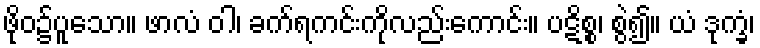
ဖိုဝ၌ပူသော။ ဖာလံ ဝါ၊ ခက်ရကင်းကိုလည်းကောင်း။ ပဋိစ္စ၊ စွဲ၍။ ယံ ဒုက္ခံ၊